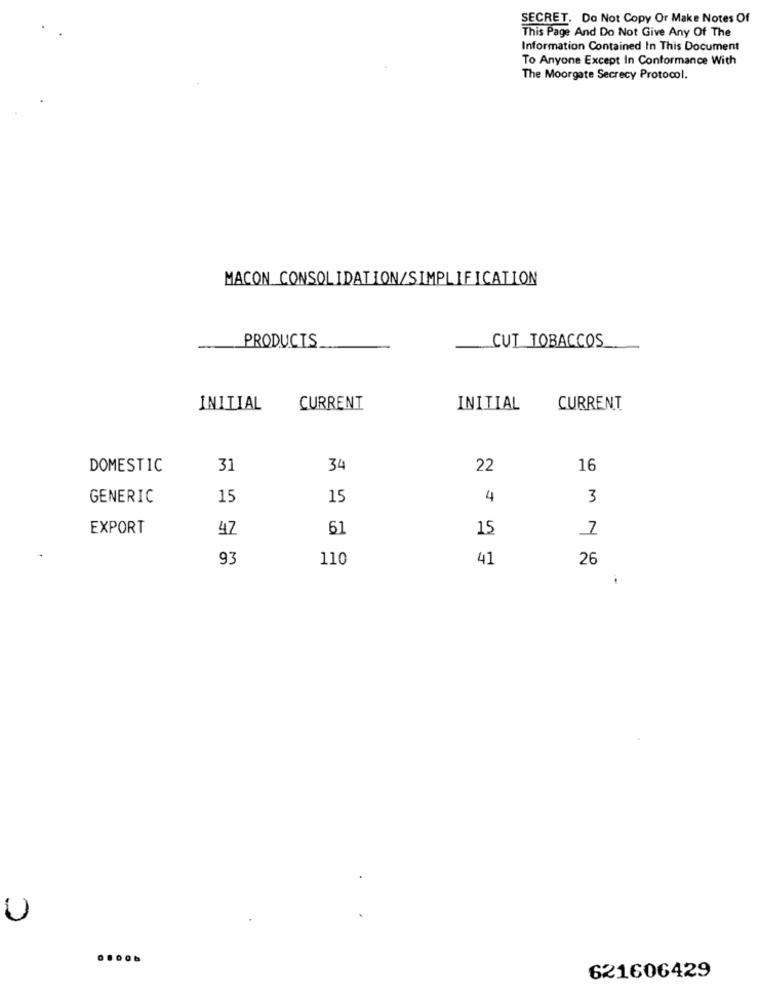
SECRET. Do Not Copy Or Make Notes Of
This Page And Do Not Give Any Of The
Information Contained In This Document
To Anyone Except In Conformance With
The Moorgate Secrecy Protocol.
MACON CONSOLIDATION/SIMPLIFICATION
PRODUCTS
CUT TOBACCOS
INITIAL
CURRENT
INITIAL
CURRENT
DOMESTIC
31
34
22
16
GENERIC
15
15
4
3
EXPORT
47
61
15
93
110
41
26
N 2
U
621606429